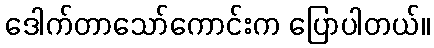
ဒေါက်တာသော်ကောင်းက ပြောပါတယ်။